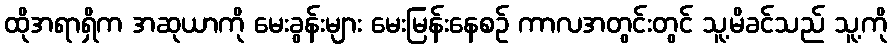
ထိုအရာရှိက အဆုယာကို မေးခွန်းများ မေးမြန်းနေစဉ် ကာလအတွင်းတွင် သူ့မိခင်သည် သူ့ကို